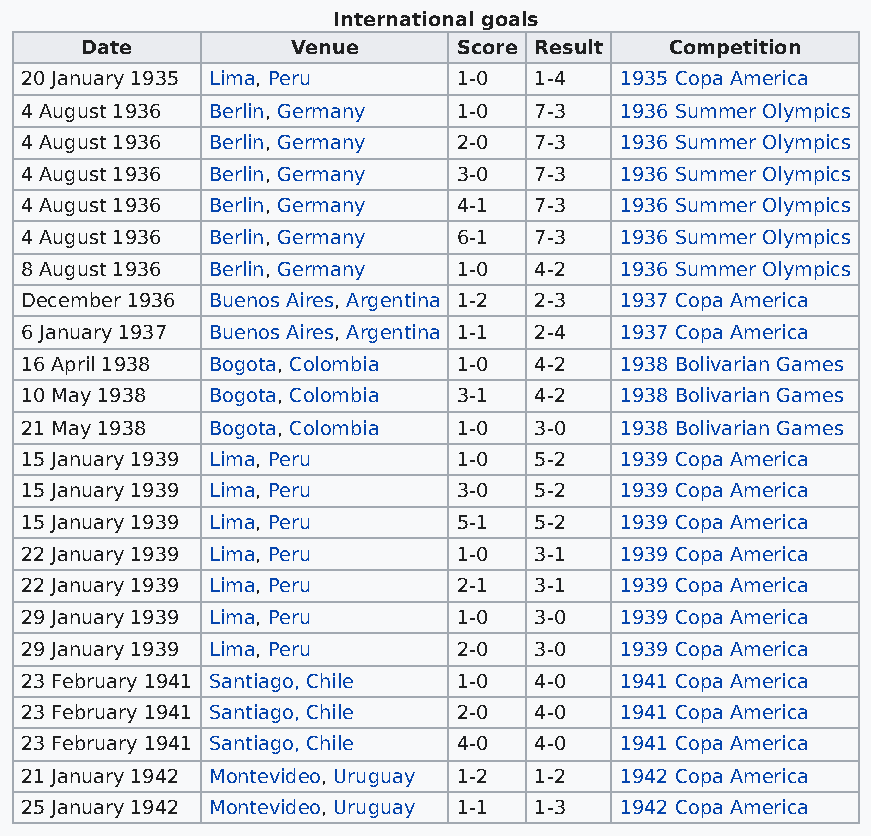
International goals
 Date          Venue      Score Result  Competition
 20 January 1935 Lima, Peru   1-0  1-4   1935 Copa America
 4 August 1936 Berlin, Germany 1-0 7-3   1936 Summer Olympics
 4 August 1936 Berlin, Germany 2-0 7-3   1936 Summer Olympics
 4 August 1936 Berlin, Germany 3-0 7-3   1936 Summer Olympics
 4 August 1936 Berlin, Germany 4-1 7-3   1936 Summer Olympics
 4 August 1936 Berlin, Germany 6-1 7-3   1936 Summer Olympics
 8 August 1936 Berlin, Germany 1-0 4-2   1936 Summer Olympics
 December 1936 Buenos Aires, Argentina 1-2 2-3 1937 Copa America
 6 January 1937 Buenos Aires, Argentina 1-1 2-4 1937 Copa America
 16 April 1938 Bogota, Colombia 1-0 4-2  1938 Bolivarian Games
 10 May 1938  Bogota, Colombia 3-1 4-2   1938 Bolivarian Games
 21 May 1938  Bogota, Colombia 1-0 3-0   1938 Bolivarian Games
 15 January 1939 Lima, Peru   1-0  5-2   1939 Copa America
 15 January 1939 Lima, Peru   3-0  5-2   1939 Copa America
 15 January 1939 Lima, Peru   5-1  5-2   1939 Copa America
 22 January 1939 Lima, Peru   1-0  3-1   1939 Copa America
 22 January 1939 Lima, Peru   2-1  3-1   1939 Copa America
 29 January 1939 Lima, Peru   1-0  3-0   1939 Copa America
 29 January 1939 Lima, Peru   2-0  3-0   1939 Copa America
 23 February 1941 Santiago, Chile 1-0 4-0 1941 Copa America
 23 February 1941 Santiago, Chile 2-0 4-0 1941 Copa America
 23 February 1941 Santiago, Chile 4-0 4-0 1941 Copa America
 21 January 1942 Montevideo, Uruguay 1-2 1-2 1942 Copa America
 25 January 1942 Montevideo, Uruguay 1-1 1-3 1942 Copa America